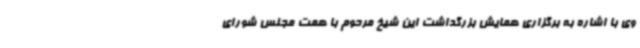
وی با اشاره به برگزاری همایش بزرگداشت این شیخ مرحوم با همت مجلس شورای